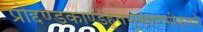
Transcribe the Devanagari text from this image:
प्रोद्दण्डकाण्डहुतभुक्छलभीकृतारे